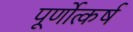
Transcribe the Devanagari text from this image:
पूर्णोत्कर्ष